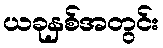
ယခုနှစ်အတွင်း